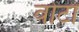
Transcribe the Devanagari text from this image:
वोंटो